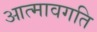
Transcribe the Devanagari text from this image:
आत्मावगति